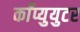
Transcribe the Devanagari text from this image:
काँप्युयुटर